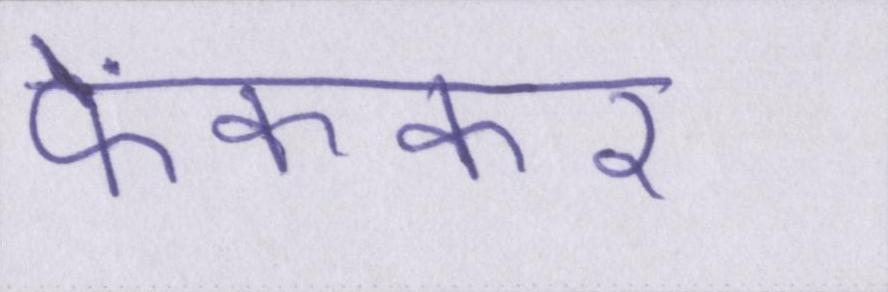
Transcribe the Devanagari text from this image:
फेंककर